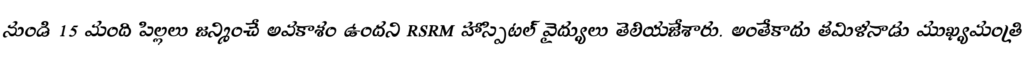
నుండి 15 మంది పిల్లలు జన్మించే అవకాశం ఉందని RSRM హాస్పిటల్ వైద్యులు తెలియజేశారు. అంతేకాదు తమిళనాడు ముఖ్యమంత్రి